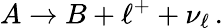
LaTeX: A\to B+\ell^{+}+\nu_{\ell}\, .